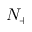
N _ { + }